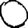
Digit: 0